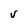
Character: V